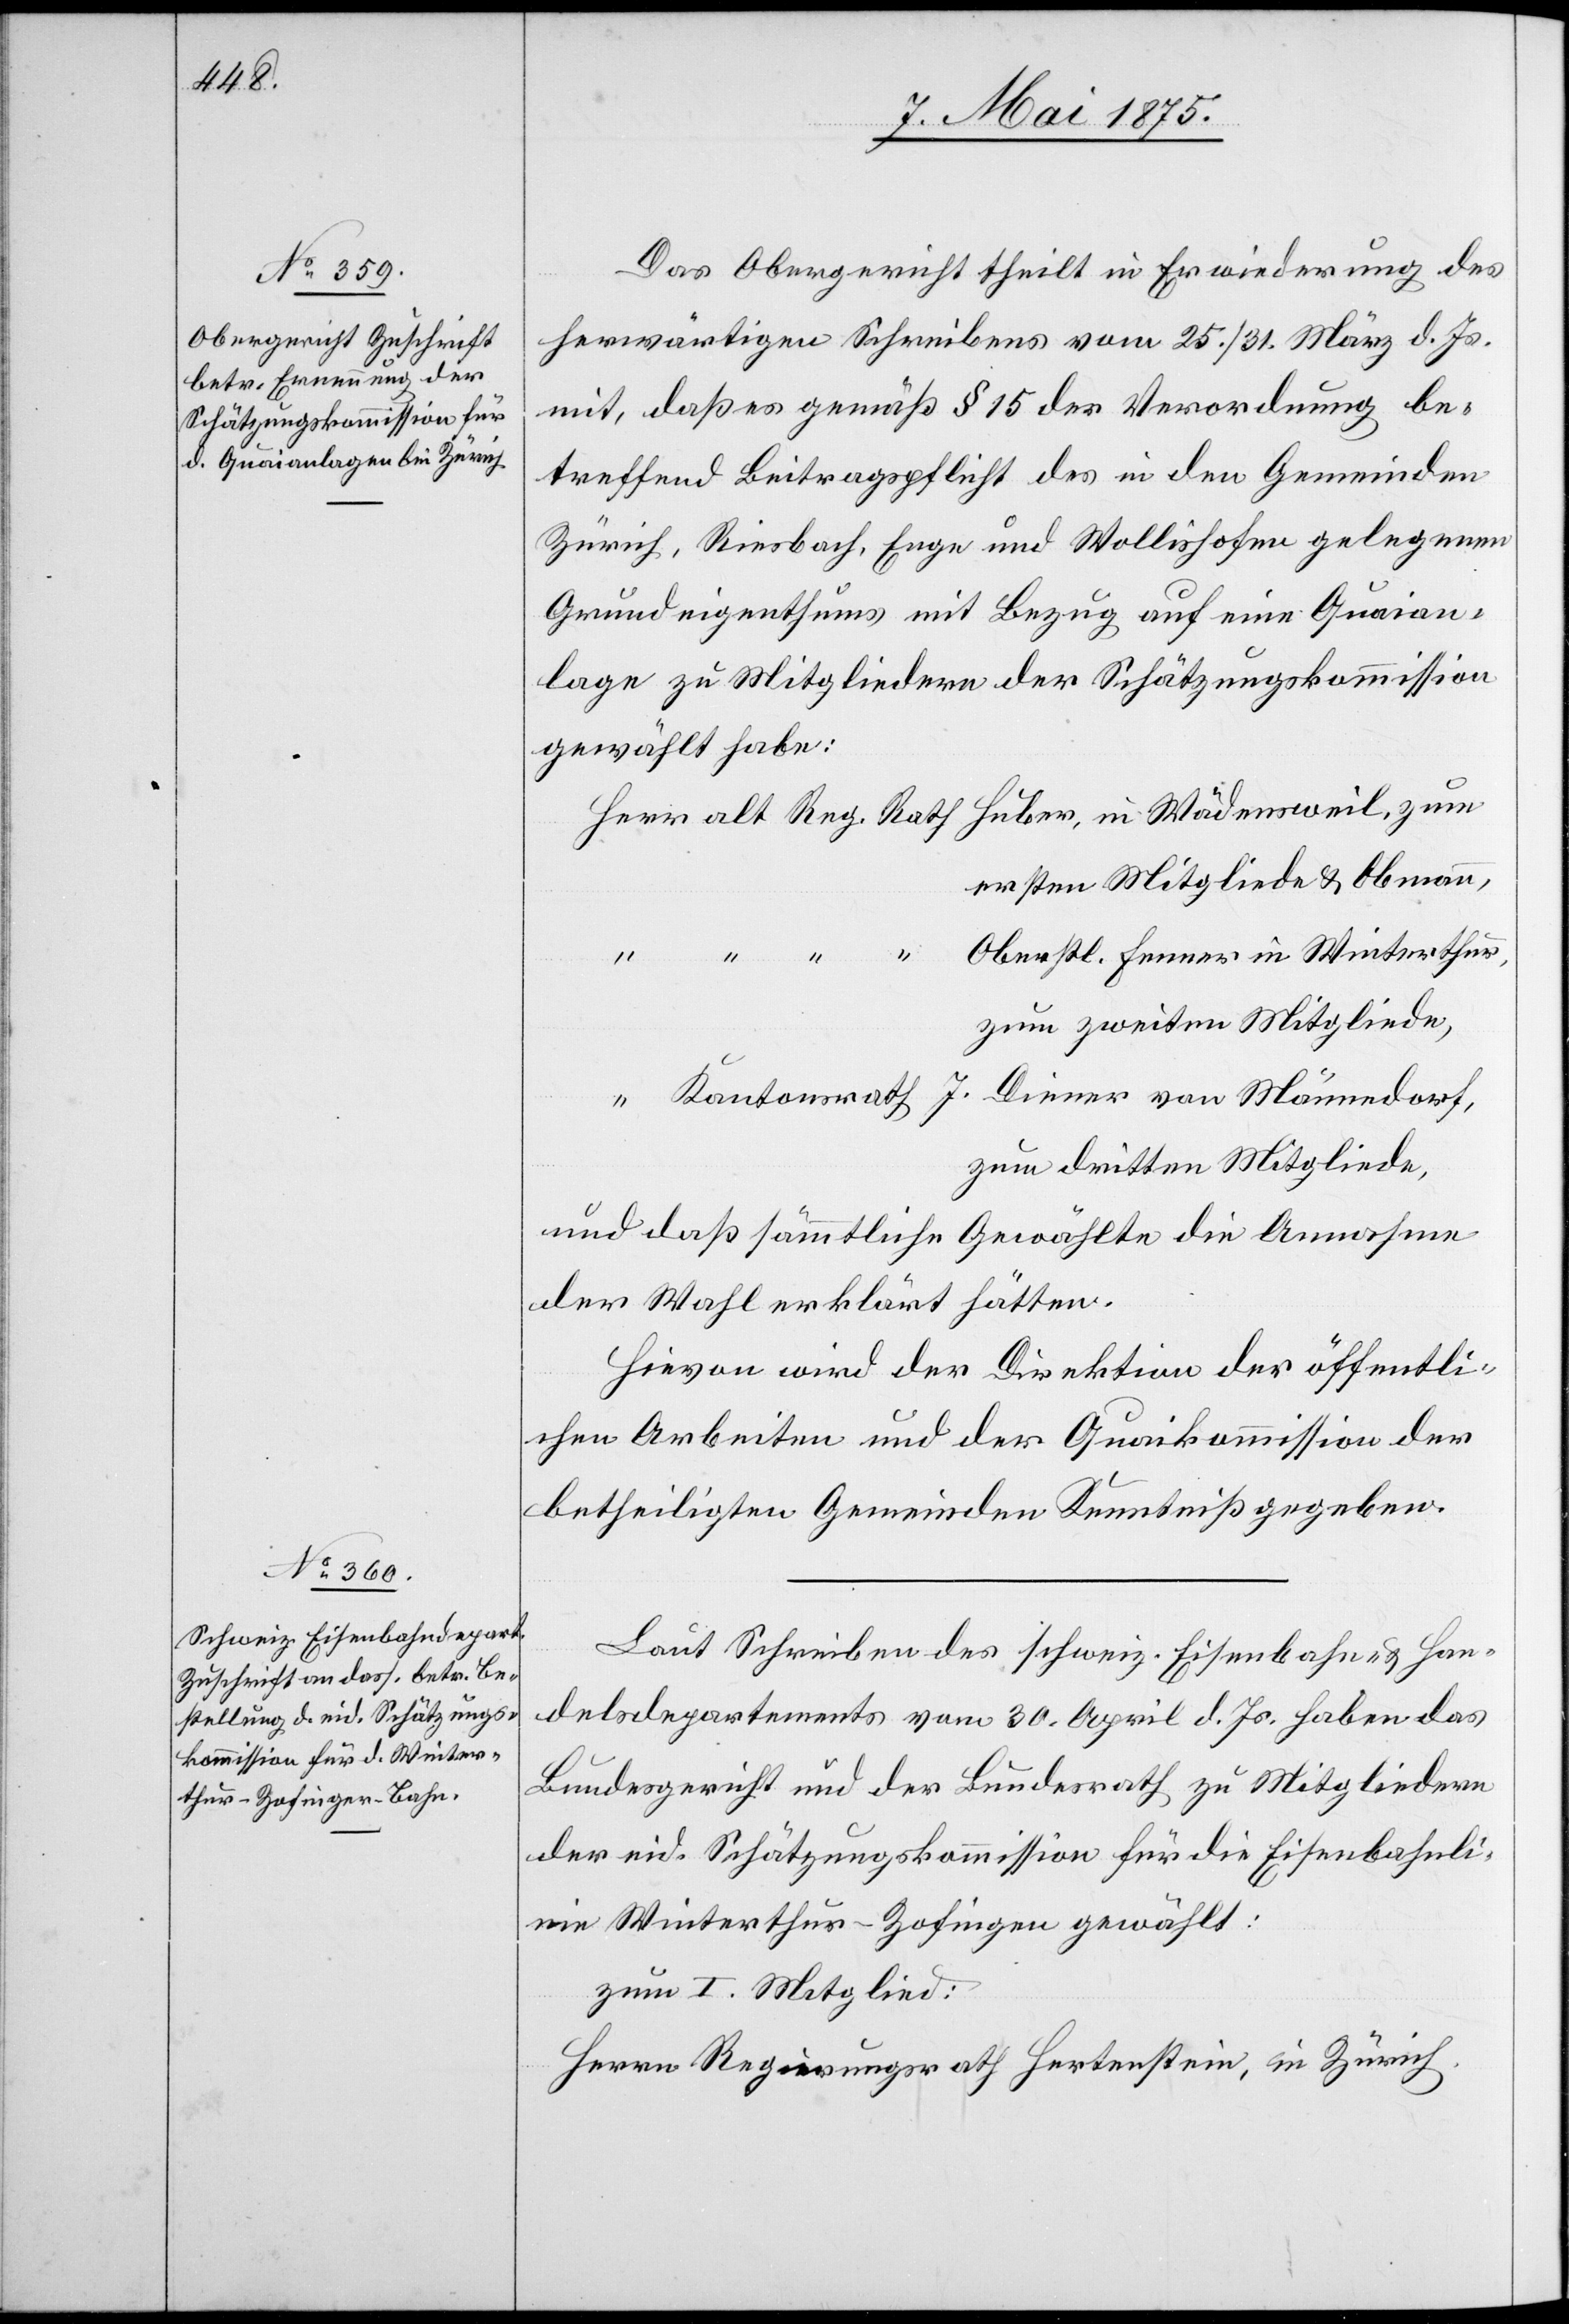
Das Obergericht theilt in Erwiederung des
herwärtigen Schreibens vom 25./31. März d. Js.
mit, daß es gemäß § 15 der Verordnung be¬
treffend Beitragspflicht des in den Gemeinden
Zürich, Riesbach, Enge und Wollishofen gelegenen
Grundeigenthums mit Bezug auf eine Quaian¬
lage zu Mitgliedern der Schätzungskommission
gewählt habe:
ersten Mitgliede & Obmann,
Oberstl. Fenner in Winterthur,
Diener von Männedorf,
zum zweiten Mitgliede,
zum dritten Mitgliede,
und daß sämmtliche Gewählte die Annahme
der Wahl erklärt hätten.
Hievon wird der Direktion der öffentli¬
chen Arbeiten und der Quaikommission der
betheiligten Gemeinden Kenntniß gegeben.
Laut Schreiben des schweiz. Eisenbahn- & Han¬
delsdepartements vom 30. April d. Js. haben das
Bundesgericht und der Bundesrath zu Mitgliedern
der eid. Schätzungskommission für die Eisenbahnli¬
nie Winterthur–Zofingen gewählt:
zum I. Mitglied:
Herrn Regierungsrath Hertenstein, in Zürich